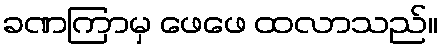
ခဏကြာမှ ဖေဖေ ထလာသည်။